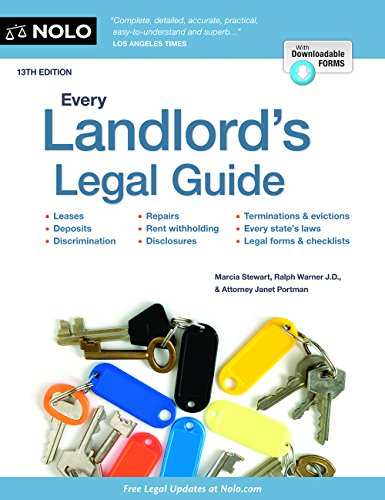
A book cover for Every Landlord's Legal Guide; Janet Portman JD; Business & Money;